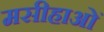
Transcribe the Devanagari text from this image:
मसीहाओं